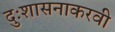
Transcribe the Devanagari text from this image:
दुःशासनाकरवी